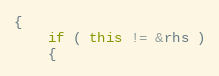
Language: C++
{
	if ( this != &rhs )
	{